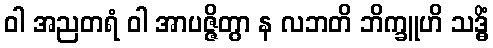
ဝါ အညတရံ ဝါ အာပဇ္ဇိတွာ န လဘတိ ဘိက္ခူဟိ သဒ္ဓိံ